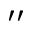
\prime \prime